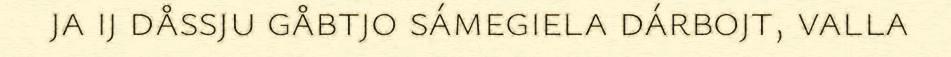
ja ij dåssju gåbtjo sámegiela dárbojt, valla